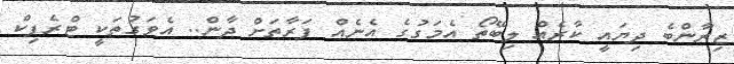
ޒިރާންބެ ދިޔައީ ކާރެއް ލިބޭތޯ އެމަގުގެ އެނެއް ފަރާތަށް ދާން.. އެވަގުތަކީ ޓްރެފިކް